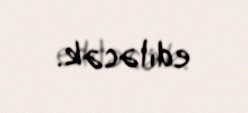
ediləcək.